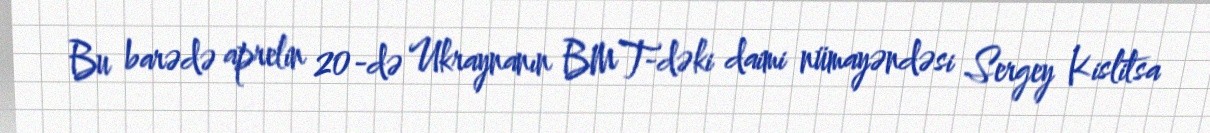
Bu barədə aprelin 20-də Ukraynanın BMT-dəki daimi nümayəndəsi Sergey Kislitsa